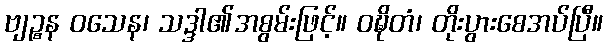
ဗျဉ္စန ဝသေန၊ သဒ္ဒါ၏အစွမ်းဖြင့်။ ဝဍ္ဎိတံ၊ တိုးပွားစေအပ်ပြီ။